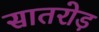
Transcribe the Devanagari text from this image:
सातरोड़